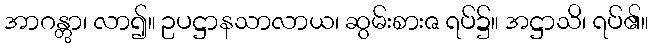
အာဂန္တွာ၊ လာ၍။ ဥပဋ္ဌာနသာလာယ၊ ဆွမ်းစားဇ ရပ်၌။ အဋ္ဌာသိ၊ ရပ်၏။